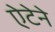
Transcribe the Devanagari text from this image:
ऐटेने